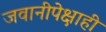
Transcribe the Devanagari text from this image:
जवानीपेक्षाही